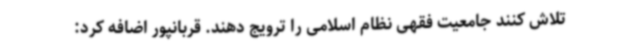
تلاش کنند جامعیت فقهی نظام اسلامی را ترویج دهند. قربانپور اضافه کرد: